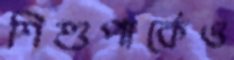
শিশুপার্কেও